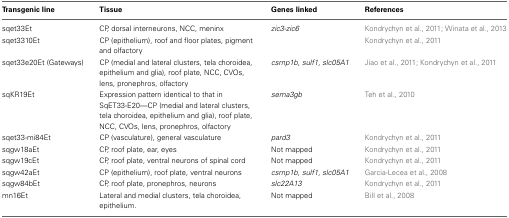
| Transgenic line | Tissue | Genes linked | References |
 | --- | --- | --- | --- |
 | sqet33Et | CP, dorsal interneurons, NCC, meninx | zic3-zic6 | Kondrychyn et al., 2011; Winata et al., 2013 |
 | sqet3310Et | CP (epithelium), roof and floor plates, pigment and olfactory |  | Kondrychyn et al., 2011 |
 | sqet33e20Et (Gateways) | CP (medial and lateral clusters, tela choroidea, epithelium and glia), roof plate, NCC, CVOs, lens, pronephros, olfactory | csrnp1b, sulf1, slc05A1 | Jiao et al., 2011; Kondrychyn et al., 2011 |
 | sqKR19Et | Expression pattern identical to that in SqET33-E20—CP (medial and lateral clusters, tela choroidea, epithelium and glia), roof plate, NCC, CVOs, lens, pronephros, olfactory | sema3gb | Teh et al., 2010 |
 | sqet33-mi84Et | CP (vasculature), general vasculature | pard3 | Kondrychyn et al., 2011 |
 | sqgw18aEt | CP, roof plate, ear, eyes | Not mapped | Kondrychyn et al., 2011 |
 | sqgw19cEt | CP, roof plate, ventral neurons of spinal cord | Not mapped | Kondrychyn et al., 2011 |
 | sqgw42aEt | CP (epithelium), roof plate, ventral neurons | csrnp1b, sulf1, slc05A1 | Garcia-Lecea et al., 2008 |
 | sqgw84bEt | CP, roof plate, pronephros, neurons | slc22A13 | Kondrychyn et al., 2011 |
 | mn16Et | Lateral and medial clusters, tela choroidea, epithelium. | Not mapped | Bill et al., 2008 |